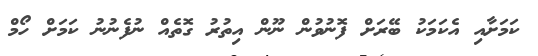
ކަމަށާއި އެކަމަކު ބޭރަށް ފޮނުވުން ނޫން އިތުރު ގޮތެއް ނުފެނުނު ކަމަށް ހޯމް